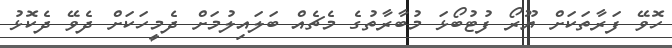
ހޮވޭ ފަރާތަކަށް ޔޫރޯ ފުޓުބޯޅަ މުބާރާތުގެ މެޗެއް ބަލައިލުމަށް ދެމީހަކަށް ދެވޭ ދެކޮޅު